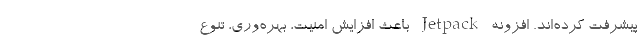
پیشرفت کرده‌اند. افزونه Jetpack باعث افزایش امنیت، بهره‌وری، تنوع